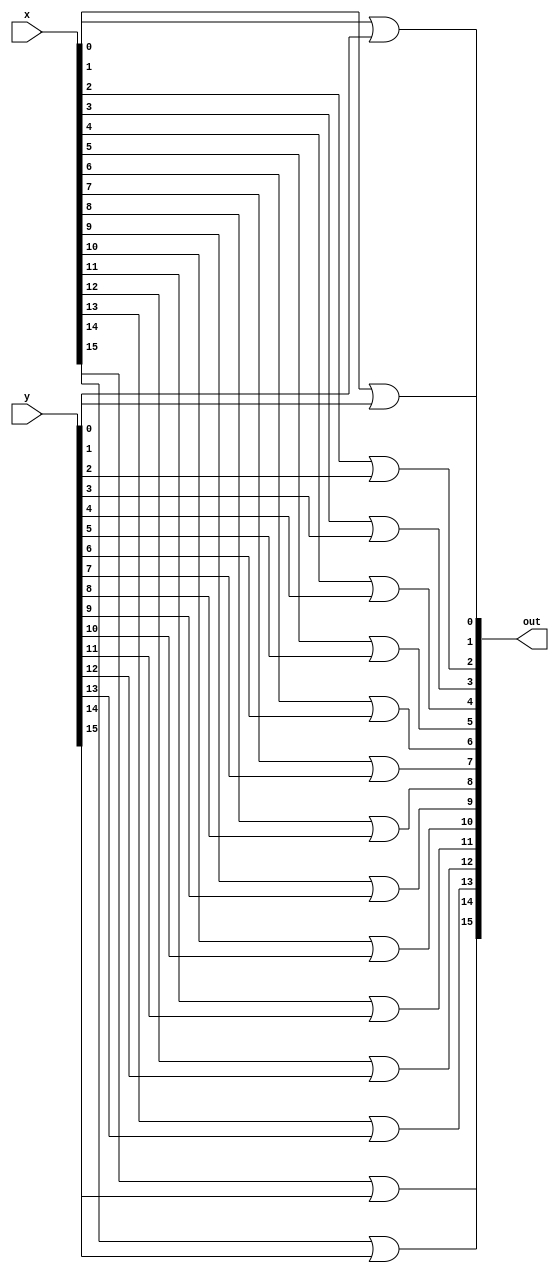
`timescale 1ns / 1ps
//////////////////////////////////////////////////////////////////////////////////
// Company: 
// Engineer: 
// 
// Design Name: 
// Module Name: log_OR
// Project Name: 
// Target Devices: 
// Tool Versions: 
// Description: 
// 
// Dependencies: 
// 
// Revision:
// Revision 0.01 - File Created
// Additional Comments:
// 
//////////////////////////////////////////////////////////////////////////////////


module log_OR(x,y,out);
input[15:0] x;
input[15:0] y;
output[15:0] out;

or bit0 (out[0], x[0], y[0]);
or bit1 (out[1], x[1], y[1]);
or bit2 (out[2], x[2], y[2]);
or bit3 (out[3], x[3], y[3]);
or bit4 (out[4], x[4], y[4]);
or bit5 (out[5], x[5], y[5]);
or bit6 (out[6], x[6], y[6]);
or bit7 (out[7], x[7], y[7]);
or bit8 (out[8], x[8], y[8]);
or bit9 (out[9], x[9], y[9]);
or bit10 (out[10], x[10], y[10]);
or bit11 (out[11], x[11], y[11]);
or bit12 (out[12], x[12], y[12]);
or bit13 (out[13], x[13], y[13]);
or bit14 (out[14], x[14], y[14]);
or bit15 (out[15], x[15], y[15]);

endmodule